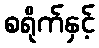
စရိုက်နှင့်